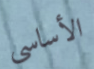
الأساسى